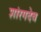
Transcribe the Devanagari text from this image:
शांरगदेव